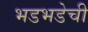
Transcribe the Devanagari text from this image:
भडभडेची